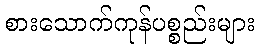
စားသောက်ကုန်ပစ္စည်းများ